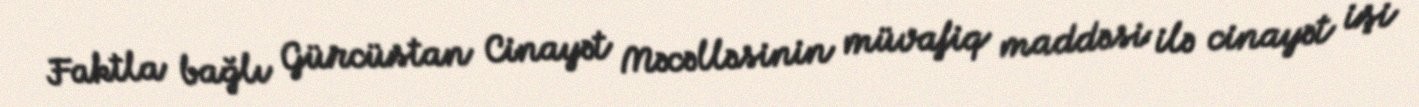
Faktla bağlı Gürcüstan Cinayət Məcəlləsinin müvafiq maddəsi ilə cinayət işi